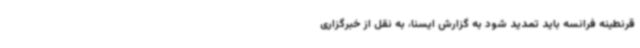
قرنطینه فرانسه باید تمدید شود به گزارش ایسنا، به نقل از خبرگزاری